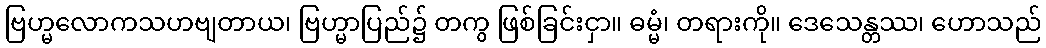
ဗြဟ္မလောကသဟဗျတာယ၊ ဗြဟ္မာပြည်၌ တကွ ဖြစ်ခြင်းငှာ။ ဓမ္မံ၊ တရားကို။ ဒေသေန္တဿ၊ ဟောသည်